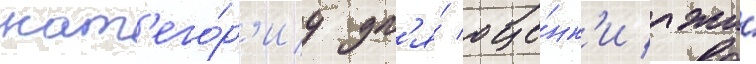
кат'его́р'иу дл'я́ оце́нк'и лжи́